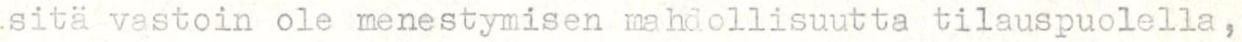
sitä vastoin ole menestymisen mahdollisuutta tilauspuolella,